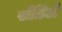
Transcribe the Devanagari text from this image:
सँडिले